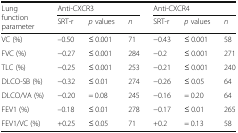
| <ROWSPAN=2> Lung function parameter | <COLSPAN=3> Anti-CXCR3 | <COLSPAN=3> Anti-CXCR4 |
 | SRT-r | p values | n | SRT-r | p values | n |
 | --- | --- | --- | --- | --- | --- | --- |
 | VC (%) | –0.50 | ≤ 0.001 | 71 | −0.43 | ≤ 0.001 | 58 |
 | FVC (%) | −0.27 | ≤ 0.001 | 284 | −0.2 | ≤ 0.001 | 271 |
 | TLC (%) | −0.25 | ≤ 0.001 | 253 | −0.21 | ≤ 0.001 | 240 |
 | DLCO-SB (%) | −0.32 | ≤ 0.01 | 274 | −0.26 | ≤ 0.05 | 64 |
 | DLCO/VA (%) | −0.20 | = 0.08 | 245 | −0.16 | = 0.20 | 64 |
 | FEV1 (%) | –0.18 | ≤ 0.01 | 278 | −0.17 | ≤ 0.01 | 265 |
 | FEV1/VC (%) | +0.25 | ≤ 0.05 | 71 | +0.2 | = 0.13 | 58 |